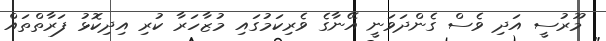
މޫރުސީ އަދި ވެސް ގެންދަވަނީ އޭނާގެ ވެރިކަމުގައި މުޒާހަރާ ކުރި އިދިކޮޅު ފަރާތްތައް